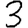
Digit: 3